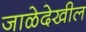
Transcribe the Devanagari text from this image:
जाळेदेखील